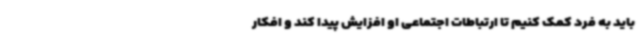
باید به فرد کمک کنیم تا ارتباطات اجتماعی او افزایش پیدا کند و افکار